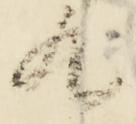
歟